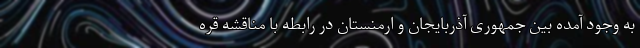
به وجود آمده بین جمهوری آذربایجان و ارمنستان در رابطه با مناقشه قره